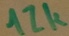
Text: 12k